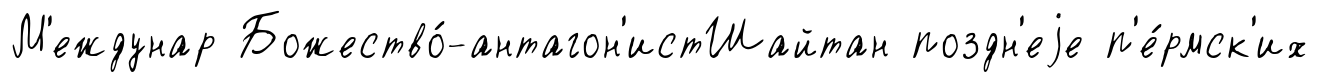
М'еждунар Божество́-антагон'истШайтан поздн'еjе п'е́рмск'их